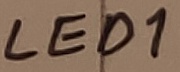
Text: LED1